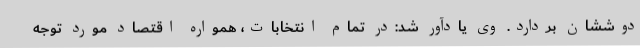
دوششان بردارد. وی یادآور شد:در تمام انتخابات، همواره اقتصاد مورد توجه